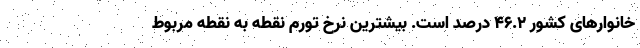
خانوار‌های کشور 46.2 درصد است. بیشترین نرخ تورم نقطه به نقطه مربوط